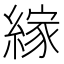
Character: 𦃲